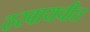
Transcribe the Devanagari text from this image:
ठरवायचीत